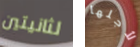
لثانيتين لأجلها